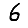
Digit: 6